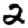
Digit: 2